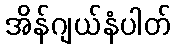
အိန်ဂျယ်နံပါတ်